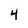
Character: 4